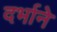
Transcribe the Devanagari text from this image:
दर्भाने